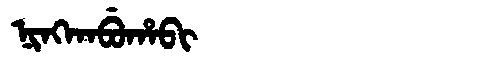
Manchu: ᠨᡳᠩᡴᠠᠪᡠᡥᠠᠪᡳ
Romanization: NINGKABUHABI